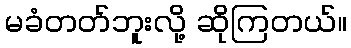
မခံတတ်ဘူးလို့ ဆိုကြတယ်။